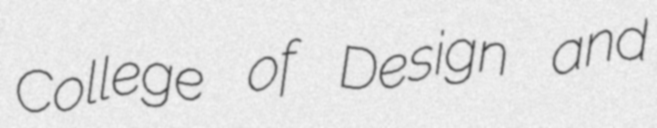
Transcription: College of Design and